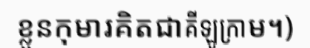
ខ្លួនកុមារគិតជាគីឡូក្រាម។)